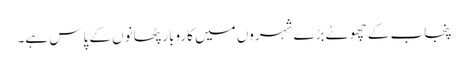
پنجاب کے چھوٹے بڑے شہروں میں کاروبار پٹھانوں کے پاس ہے۔